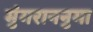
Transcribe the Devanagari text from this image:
मुंगराननुमा